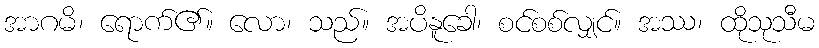
အာဂမိ၊ ရောက်၏။ လော၊ သည်။ အပိနူခေါ၊ စင်စစ်လျှင်။ အဿ၊ ထိုသုသီမ